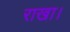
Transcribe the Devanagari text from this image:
राखा।